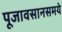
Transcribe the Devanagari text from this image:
पूजावसानसमये